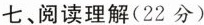
七、阅读理解(22分)